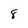
Character: 8